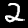
Label: 2